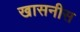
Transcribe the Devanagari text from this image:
खासनीस